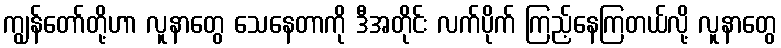
ကျွန်တော်တို့ဟာ လူနာတွေ သေနေတာကို ဒီအတိုင်း လက်ပိုက် ကြည့်နေကြတယ်လို့ လူနာတွေ